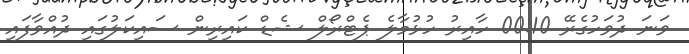
ވަނަ ދުވަހުގެރޭ 00:10 ހާއިރު ހުޅުމާލެ ޕެޓްރޯލް ޝެޑް ކައިރިން ސައިކަލުގައި ދުއްވާފައި